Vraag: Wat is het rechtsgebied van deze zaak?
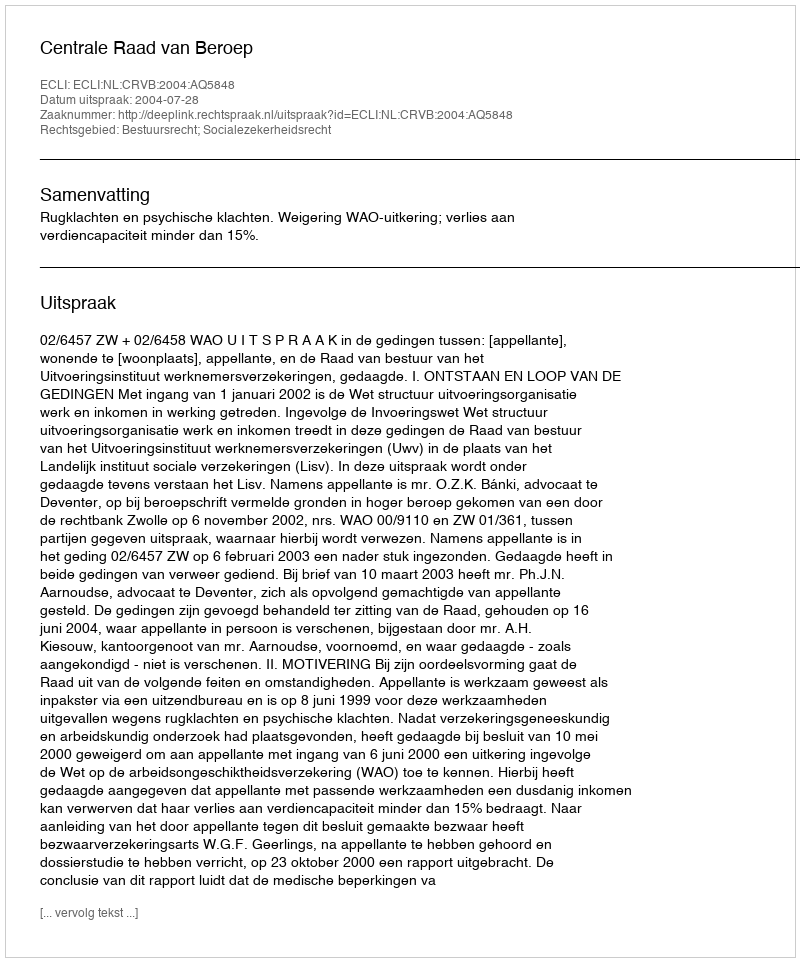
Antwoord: Bestuursrecht; Socialezekerheidsrecht